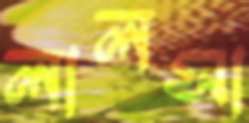
লালসা